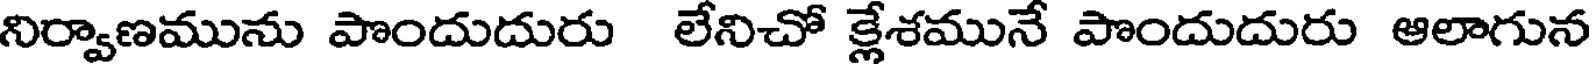
నిర్వాణమును పొందుదురు లేనిచో క్లేశమునే పొందుదురు ఆలాగున